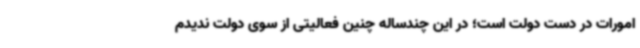
امورات در دست دولت است؛ در این چندساله چنین فعالیتی از سوی دولت ندیدم